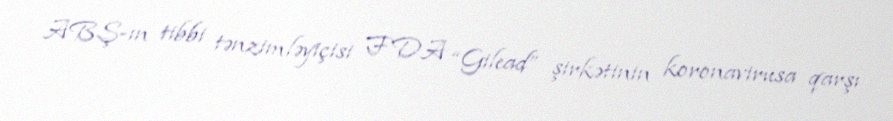
ABŞ-ın tibbi tənzimləyiçisi FDA “Gilead” şirkətinin koronavirusa qarşı